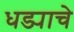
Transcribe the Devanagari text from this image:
धड्याचे